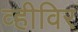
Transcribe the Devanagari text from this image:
व्हीविर